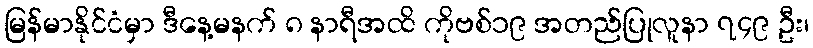
မြန်မာနိုင်ငံမှာ ဒီနေ့မနက် ၈ နာရီအထိ ကိုဗစ်၁၉ အတည်ပြုလူနာ ၇၄၉ ဦး၊